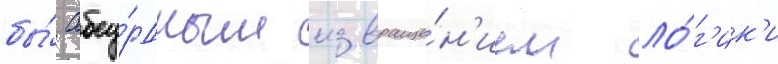
бы́ абсу́рдным извраще́н'ием ло́г'ик'и